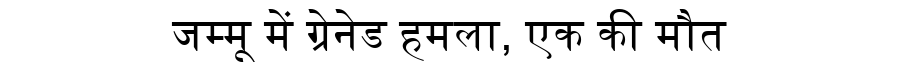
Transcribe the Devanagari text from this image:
जम्मू में ग्रेनेड हमला, एक की मौत